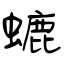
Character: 螰